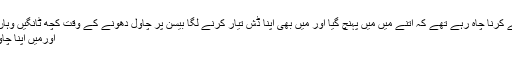
ایک بار وہ کچن میں چکن لیگ پیس فرائے کرنا چاہ رہے تھے کہ اتنے میں میں پہنچ گیا اور میں بھی اپنا ڈش تیار کرنے لگا بیسن پر چاول دھونے کے وقت کچھ ٹانگیں وہاں رکھیں تھی جسے میں ہٹاکر سائد کردیں
اورمیں اپنا چاول دھوکر پلاو پکانے میں مشغول ہو گیا ۔